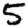
Digit: 5